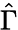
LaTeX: \hat{\Gamma}